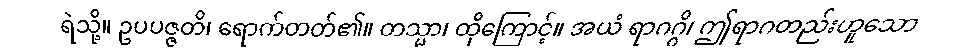
ရဲသို့။ ဥပပဇ္ဇတိ၊ ရောက်တတ်၏။ တသ္မာ၊ ထိုကြောင့်။ အယံ ရာဂဂ္ဂိ၊ ဤရာဂတည်းဟူသော